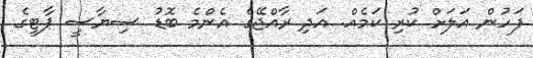
ފަހުން އަލަށް ކުރި ކަމެއް. އަދި ރާއްޖޭގެ އެންމެ ބޮޑު ސިޔާސީ ޕާޓީގެ